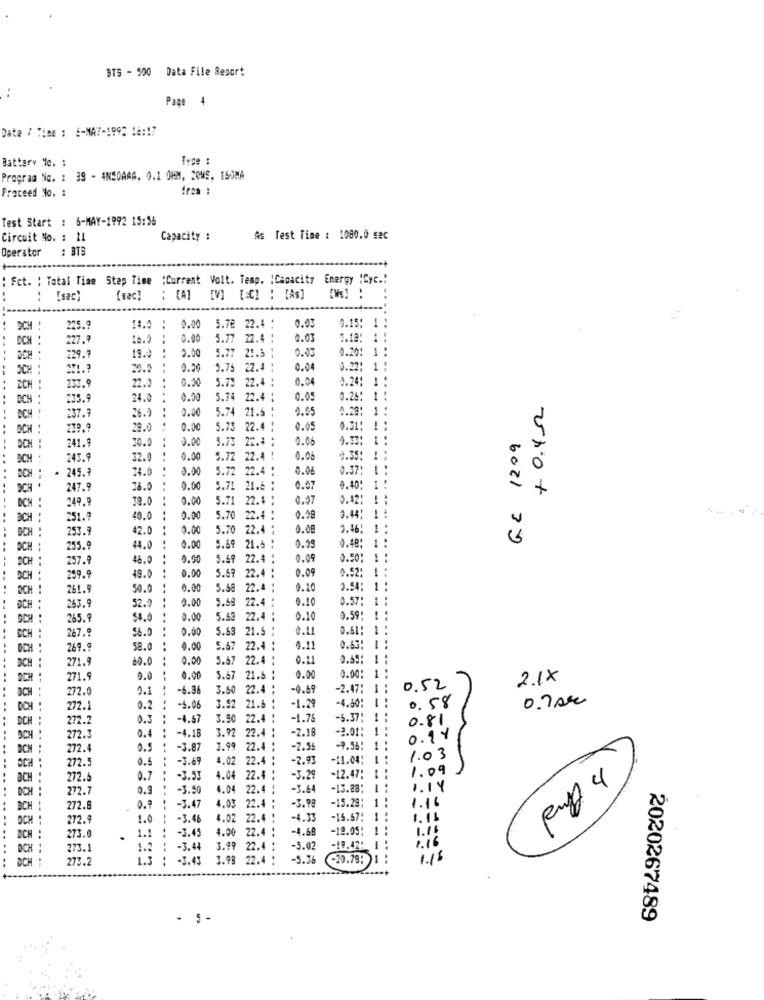
STS - 500 Data File Resort
Page 4
Date / Time : 6-NA7-1992 14:17
Battery No. :
Program No. : 39 - ANSOAAA. 0.1 OHM, 20WS, 150MA
Proceed No. :
from :
Test Start : 6-MAY-1992 15:56
Circuit No. : 11
Capacity :
As Test Time : 1080.0 sec
Operator
: BTS
: Fct. : Total Time Step Time :Current Volt. Temp. : Capacity Energy "Cyc .!
[sac)
(sac)
: [A]
[C] : [As]
22.4 .
225.9
14.0 :
0.00
5.78
0.03
0.15:
DCH
227.9
0.00
5.77
22.4
0.03
0.18:
19.0
2.00
5.77
21.3 1
0.03
0.20!
229.9
SCH 1
271 .?
20.0
0.50
5.75
22.4
0.04
0.22
0.00
5.73
22.4
0.04
4.24
133.9
22.0
235.9
24.0
0.00
5.74
22.4
0.05
0.25
1
+ 0.42
0.00
5.74
21.6
9.55
0.29
1
DCH
237.
26.5
OCH :
219.9
29.0
0.00
5.73
22.4
--
0.05
0.31
30.0
0.00
3.75
22.4
0.05
4.33
GC 1209
OCH
241.
DICH
245.
32.0
0.00
9.72
22.4
0.08
9.3
· 245.9
34.0
0.0
5.72
22.4
0.06
0.37
9CH
247.
78.0
0.00
5.71
21.8
0.07
9.40
249.9
19.0
0.00
5.71
22.4
0.37
0.12:
DCH
251.9
40.0
0.00
5.70
22.4
0.48
0.44
OCH
253.9
42.0
0.00
5.70
22.4
0.00
3.46!
0.48:
255.9
44.0
0.00
9.69
21.6
0.39
OCH :
257.9
46.0
0.90
5.59
22.4
0.09
0.50:
0.09
0.52:
OCH
259.9
49.0
0.00
5.69
22.4
OCH !
261.9
50.0
0.00
5.58
22.4
0.10
0.5:
0.00
5.59
22.4
0.57:
OCH
263.
52.9
OCH
265.9
54.0
0.00
5.63
22.4
0.10
0.59:
267.9
0.0
5.63
21.5
0.11
0.61:
CCH
56.0
OCH
269.9
58.0
0.00
5.67
22.4
4.11
0.63
DCH
271.9
60.0
0,00
5.67
22.4
0.11
OCH
271.9
0.0
0.00
5.67
21.5
0.00
0.00
1
2.1X
272.
0.1
-6.36
3.50
22.4
-0.69
-2.47:
1
0.52
DCH
0.58
0.70€
DCH
272.1
0.2
-5.06
3.52
3.52 21.6
21.6
..
-1.29
-4.80:
DCH
272.2
0.3
-4.57
3.50
22.4
-1.76
-6.37:
1
3.92
22.4
-7.18
-2.01
1
0.81
OCH
272.3
0.4
-4.18
0.11
272.4
0.5
-3.87
3.99
22.4
-2.59
-9.56
OCH
272.5
0.5
-3.69
4.02
22.4
-2.93
-11.04
1.03
1.09
OCH
272.6
0.7
-3.53
4.04 22.4
1.04
22.
-3.29
12.47
DCH
272.7
0.9
-3.50
1.04
22.4
-3.64
-13.28
1.14
-15.28:
1
1.16
BCH
272.8
0.
-3.4
4.03
22.4
-3.98
OCH
272.9
1.0
-3.46
1.02
22.
-4.33
-15.57!
1
1. 11
DCH :
1.1
-3.45
4.00
22.4
-1.68
-19.05;
1.16
273.0
.
-
OCH
273.1
1.2
-3.44
3.9
22.
-3.02
-19.424
1.16
SCH
273.2
1.3
-3.43
22.4
-5.36
-29.79:
1.15
- 5-
2020267489